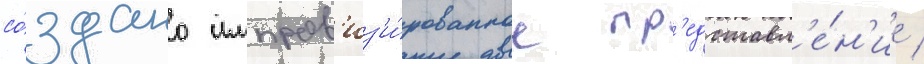
со́здано импров'из'и́рованное пр'едставл'е́н'ие /